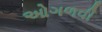
ઓગળવી